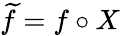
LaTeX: \widetilde f=f\circ X